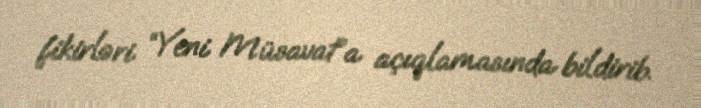
fikirləri “Yeni Müsavat”a açıqlamasında bildirib.